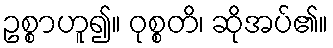
ဥစ္စာဟူ၍။ ဝုစ္စတိ၊ ဆိုအပ်၏။